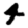
Digit: 4